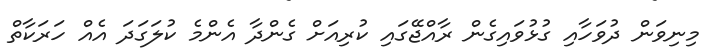
މިނިވަން ދުވަހާއި ގުޅުވައިގެން ރާއްޖޭގައި ކުރިއަށް ގެންދާ އެންމެ ކުލަގަދަ އެއް ހަރަކާތް